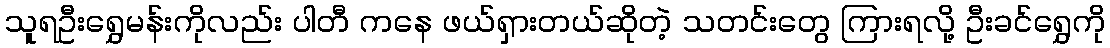
သူရဦးရွှေမန်းကိုလည်း ပါတီ ကနေ ဖယ်ရှားတယ်ဆိုတဲ့ သတင်းတွေ ကြားရလို့ ဦးခင်ရွှေကို